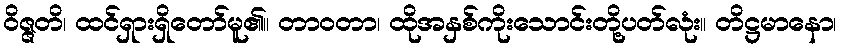
ဝိဇ္ဇတိ၊ ထင်ရှားရှိတော်မူ၏။ တာဝတာ၊ ထိုအနှစ်ကိုးသောင်းတို့ပတ်လုံး။ တိဋ္ဌမာနော၊